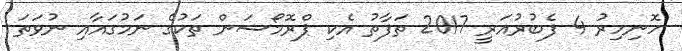
ހޮނިހިރު 4 ފެބުރުއަރީ 2017 ތަފާތު އެކި ޕްރޮމޯޝަން ތަކުގެ ނަމުގައާއި ނުވަތަ